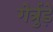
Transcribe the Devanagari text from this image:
गेर्त्रुड़े